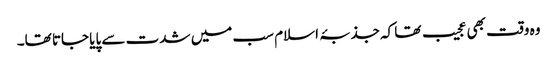
وہ وقت بھی عجیب تھا کہ جذبۂ اسلام سب میں شدت سے پایا جاتا تھا۔